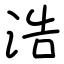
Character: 浩